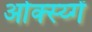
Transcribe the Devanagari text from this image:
ओक्स्य्गें